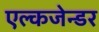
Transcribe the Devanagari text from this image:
एल्कजेन्डर